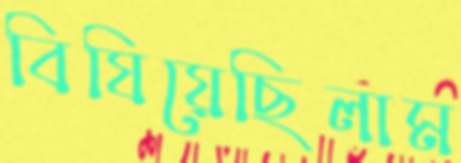
বিষিয়েছিলাম